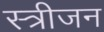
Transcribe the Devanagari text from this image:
स्त्रीजन